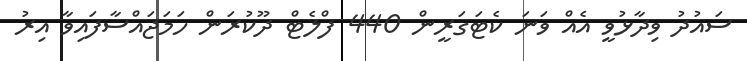
ސައުދު ވިދާޅުވީ އެއް ވަނަ ކެޓަގަރީން 440 ފްލެޓް ދޫކުރަން ހަމަޖައްސާފައިވާ އިރު